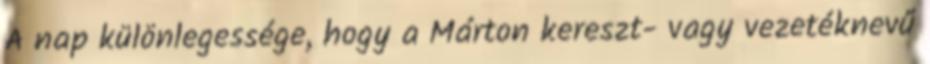
A nap különlegessége, hogy a Márton kereszt- vagy vezetéknevű